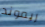
ريموند